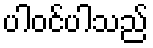
ပါဝင်ပါသည်